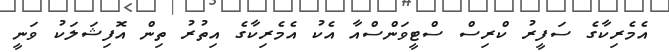
އެމެރިކާގެ ސަފީރު ކްރިސް ސްޓީވަންސްއާ އެކު އެމެރިކާގެ އިތުރު ތިން އޮފިޝަލަކު ވަނީ